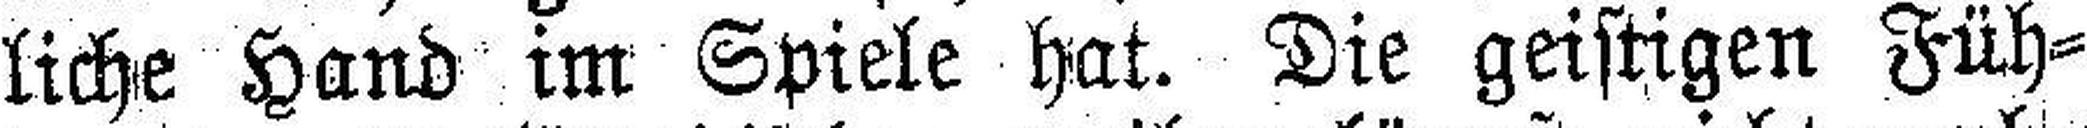
liche Hand im Spiele hat. Die geistigen Füh¬